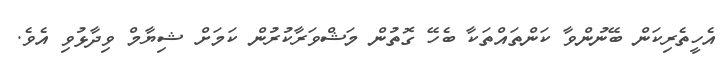
އެހީތެރިކަން ބޭނުންވާ ކަންތައްތަކާ ބެހޭ ގޮތުން މަޝްވަރާކުރުން ކަމަށް ޝިޔާމް ވިދާޅުވި އެވެ.